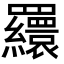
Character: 𦌾